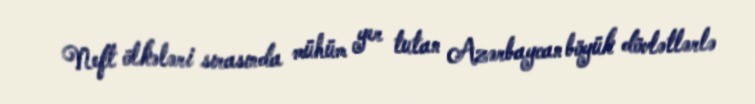
Neft ölkələri sırasında mühüm yer tutan Azərbaycan böyük dövlətlərlə